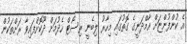
އެ ކުންފުންޏަށް އާމްދަނީގެ ގޮތުގައި މިހާރު ލިބެނީ ރިސޯޓް ހެދުމަށް ދޫކޮށްފައިވާ ރަށްތަކުން